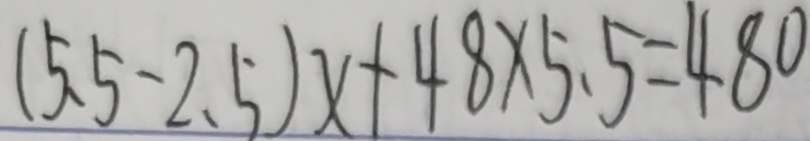
( 5 . 5 - 2 . 5 ) x + 4 8 \times 5 . 5 = 4 8 0